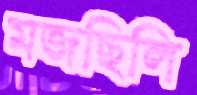
মজছিলি